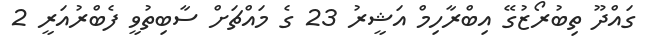
ގައްދޫ ތިބުރޯޒުގޭ އިބްރާހިމް އަޝީރު 23 ގެ މައްޗަށް ސާބިތުވީ ފެބްރުއަރީ 2